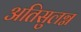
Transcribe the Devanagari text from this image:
अतिसुलग्न